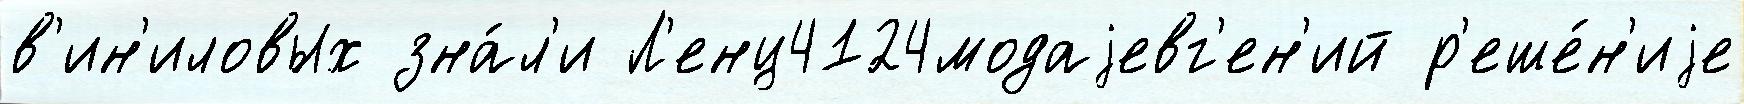
в'ин'иловых зна́л'и Л'енц4124модаjевг'ен'ий р'еше́н'иjе